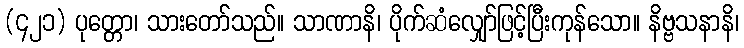
(၄၂၁) ပုတ္တော၊ သားတော်သည်။ သာဏာနိ၊ ပိုက်ဆံလျှော်ဖြင့်ပြီးကုန်သော။ နိဗ္ဗသနာနိ၊